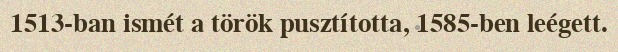
1513-ban ismét a török pusztította, 1585-ben leégett.